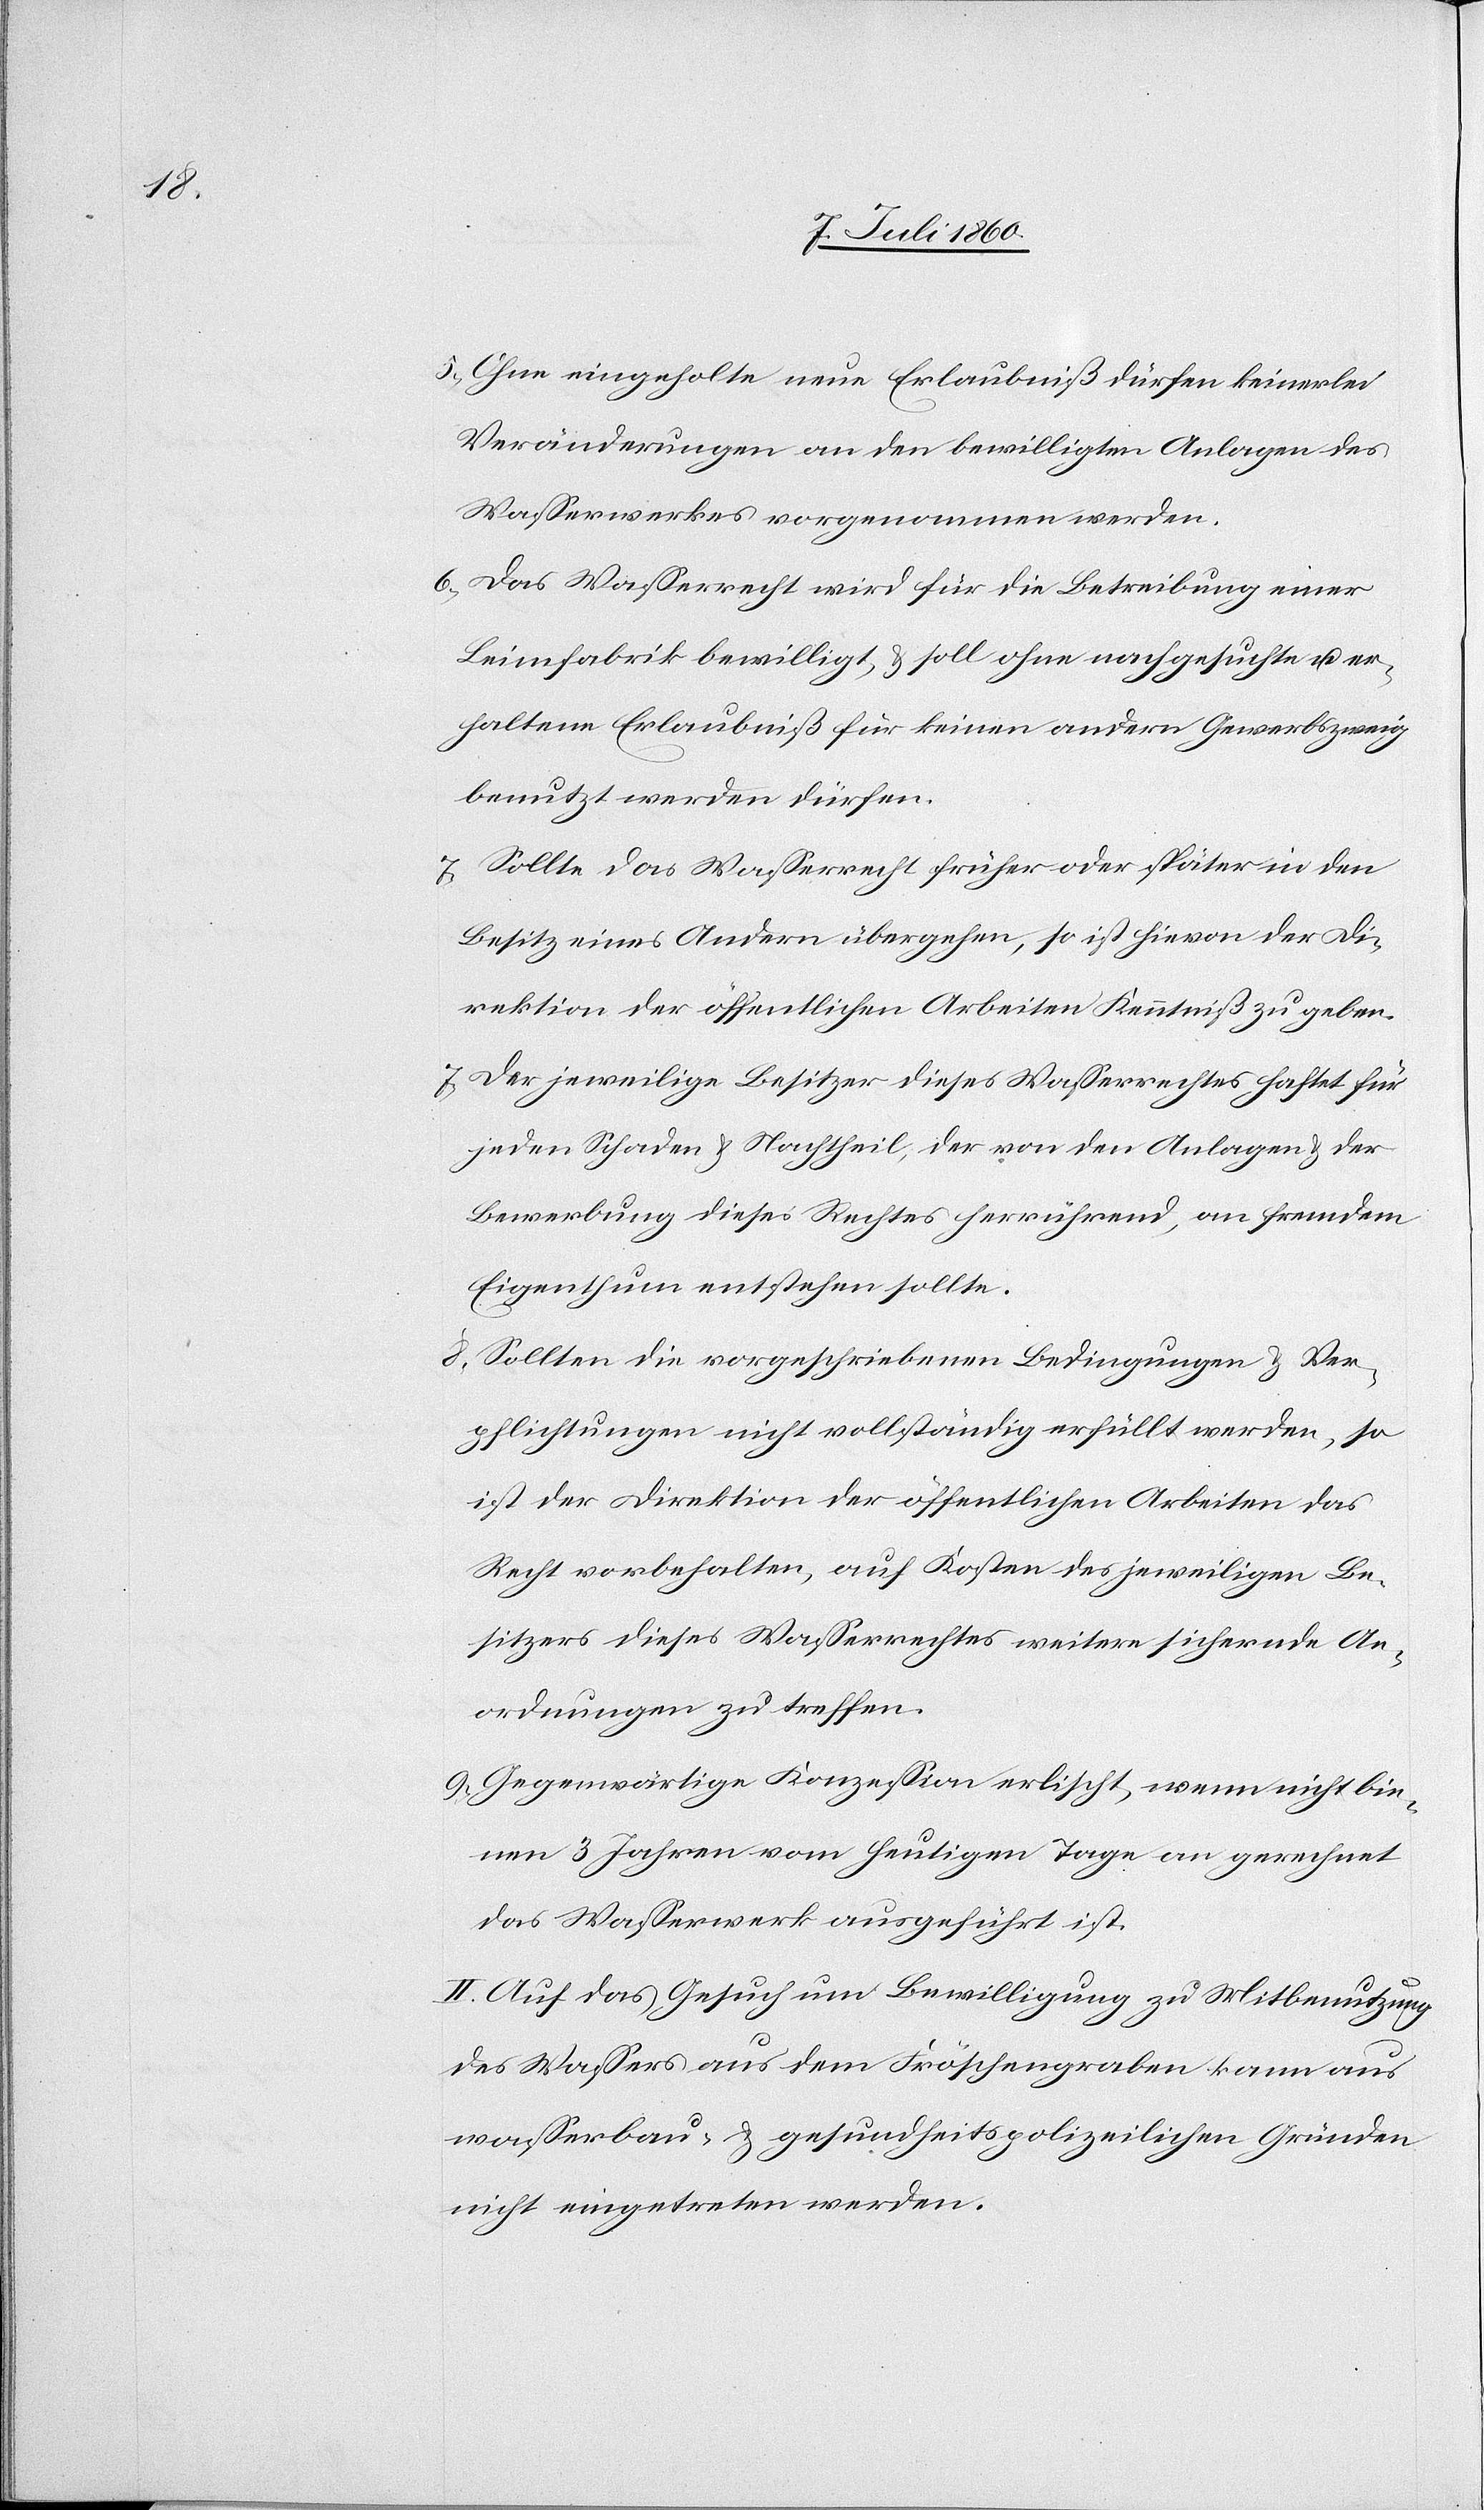
[si¬

5. Ohne eingeholte neue Erlaubniß dürfen keinerlei
Veränderungen an den bewilligten Anlagen des
Wasserwerkes vorgenommen werden.
6. Das Wasserrecht wird für die Betreibung einer
Leimfabrik bewilligt, & soll ohne nachgesuchte u. er¬
haltene Erlaubniß für keinen andern Gewerbszweig
benutzt werden dürfen.
7. Sollte das Wasserrecht früher oder später in den
Besitz eines Andern übergehen, so ist hievon der Di¬
rektion der öffentlichen Arbeiten Kenntniß zu geben.
c!] Der jeweilige Besitzer dieses Wasserrechtes haftet für
jeden Schaden & Nachtheil, der von den Anlagen & der
Bewerbung dieses Rechtes herrührend, an fremdem
Eigenthum entstehen sollte.
8. Sollten die vorgeschriebenen Bedingungen & Ver¬
pflichtungen nicht vollständig erfüllt werden, so
ist der Direktion der öffentlichen Arbeiten das
Recht vorbehalten, auf Kosten des jeweiligen Be¬
sitzers dieses Wasserrechtes weitere sichernde An¬
ordnungen zu treffen.
9. Gegenwärtige Konzession erlischt, wenn nicht bin¬
nen 3 Jahren vom heutigen Tage an gerechnet
das Wasserwerk ausgeführt ist.
II. Auf das Gesuch um Bewilligung zu Mitbenutzung
des Wassers aus dem Fröschengraben kann aus
wasserbau- & gesundheitspolizeilichen Gründen
nicht eingetreten werden.